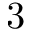
3